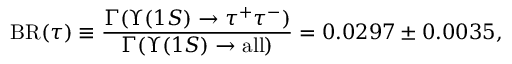
\mathrm { B R } ( \tau ) \equiv \frac { \Gamma ( \Upsilon ( 1 S ) \to \tau ^ { + } \tau ^ { - } ) } { \Gamma ( \Upsilon ( 1 S ) \to \mathrm { a l l } ) } = 0 . 0 2 9 7 \pm 0 . 0 0 3 5 ,